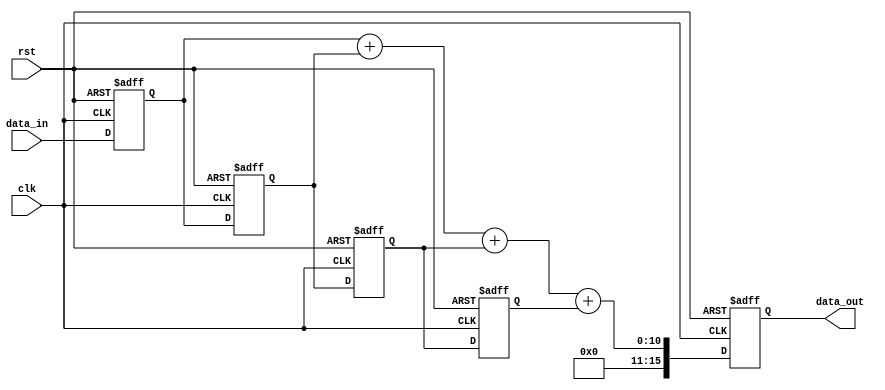
module Pipeline_accumulator (
    input wire clk,
    input wire rst,
    input wire [7:0] data_in,
    output wire [15:0] data_out
);

reg [7:0] reg1, reg2, reg3, reg4;
reg [15:0] sum;

always @(posedge clk or posedge rst) begin
    if(rst) begin
        reg1 <= 8'b0;
        reg2 <= 8'b0;
        reg3 <= 8'b0;
        reg4 <= 8'b0;
        sum <= 16'b0;
    end else begin
        reg1 <= data_in;
        reg2 <= reg1;
        reg3 <= reg2;
        reg4 <= reg3;
        sum <= reg1 + reg2 + reg3 + reg4;
    end
end

assign data_out = sum;

endmodule